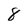
Character: 8